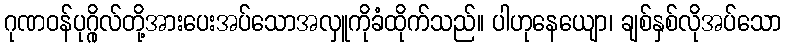
ဂုဏဝန်ပုဂ္ဂိုလ်တို့အားပေးအပ်သောအလှူကိုခံထိုက်သည်။ ပါဟုနေယျော၊ ချစ်နှစ်လိုအပ်သော